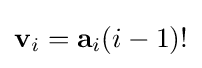
\mathbf {v} _{i}=\mathbf {a} _{i}(i-1)!